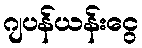
ဂျပန်ယန်းငွေ